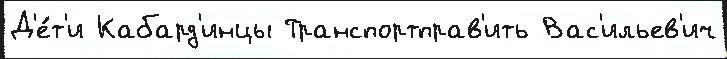
Д'е́т'и Кабард'инцы Транспортправ'ить Вас'ильев'ич